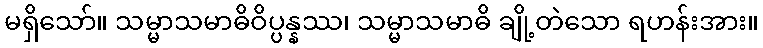
မရှိသော်။ သမ္မာသမာဓိဝိပ္ပန္နဿ၊ သမ္မာသမာဓိ ချို့တဲသော ရဟန်းအား။